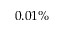
0 . 0 1 \%